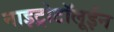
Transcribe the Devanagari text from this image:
नाइट्रोटॉलूईन